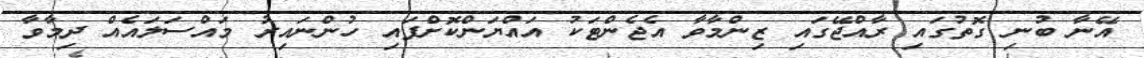
އޭނާ ބުނި ގޮތުގައި ރާއްޖޭގައި ޒިންމާވާ އެޖެންޓަކު އައްޔަންކޮށްފައި ހުންނައިރު މައްސަލައެއް ދިމާވާ